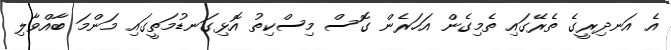
އެ އަނދިރީގެ ތެރޭގައި ތެމިގެން އަހަރެން ގޮސް މިސްކިތު އޮޅިގަނޑުމަތީގައި މަންމަ ބާއްވާލި